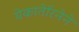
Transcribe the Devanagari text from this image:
येकातेरिनेने